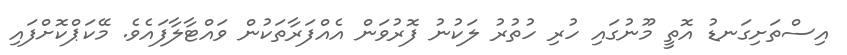
އިސްތަށިގަނޑު އޮތީ މޫނުގައި ހުރި ހުތުރު ލަކުނު ފޮރުވަން އެއްފަރާތަކުން ވައްޓާލާފައެވެ. މޭކަޕްކޮށްފައި